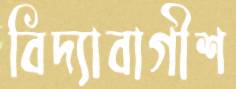
বিদ্যাবাগীশ